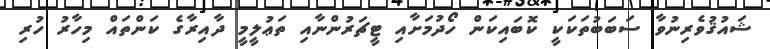
ޝައުޤުވެރިނުވާ ސަބަބުތަކަކީ ކޮބައިކަން ހޯދުމަށާއި ޓީޗަރުންނާއި ތަޢުލީމީ ދާއިރާގެ ކަންތައް މިހާރު ހުރި